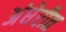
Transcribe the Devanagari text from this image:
अंधेरीत